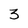
Character: 3